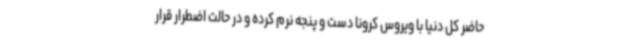
حاضر کل دنیا با ویروس کرونا دست و پنجه نرم کرده و در حالت اضطرار قرار